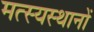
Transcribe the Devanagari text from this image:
मत्स्यस्थानों